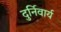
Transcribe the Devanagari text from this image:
दुर्निवार्य